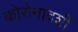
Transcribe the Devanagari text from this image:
कोरोनादर्शी